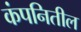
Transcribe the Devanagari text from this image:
कंपनितील